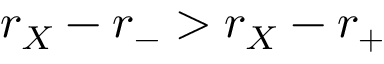
r _ { X } - r _ { - } > r _ { X } - r _ { + }